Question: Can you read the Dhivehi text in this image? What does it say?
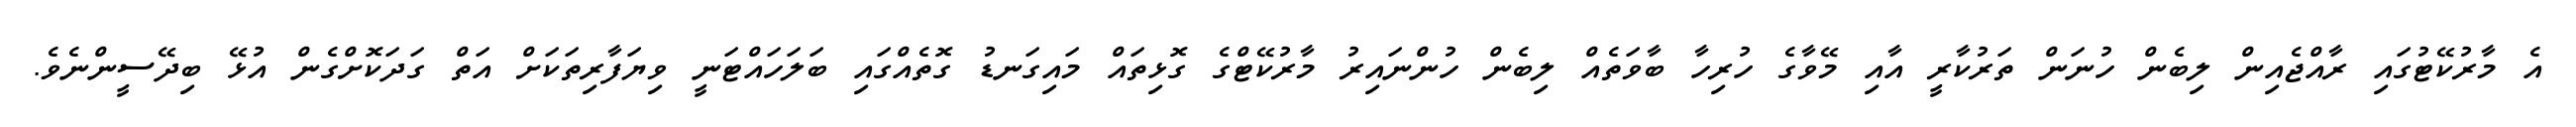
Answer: އެ މާރުކޭޓުގައި ރާއްޖެއިން ލިބެން ހުނަން ތަރުކާރީ އާއި މޭވާގެ ހުރިހާ ބާވަތެއް ލިބެން ހުންނައިރު މާރުކޭޓްގެ ގޮޅިތައް މައިގަނޑު ގޮތެއްގައި ބަލަހައްޓަނީ ވިޔަފާރިތަކަށް އަތް ގަދަކޮށްގެން އުޅޭ ބިދޭސީންނެވެ.